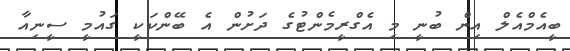
ބީއެމްއެލް އިން ބުނީ މި އެގްރީމެންޓުގެ ދަށުން އެ ބޭންކަކީ ގައުމީ ސީނިއާ